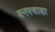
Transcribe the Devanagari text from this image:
बनफ्शाहा